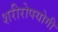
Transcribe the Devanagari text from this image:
शरीरोपयोगी